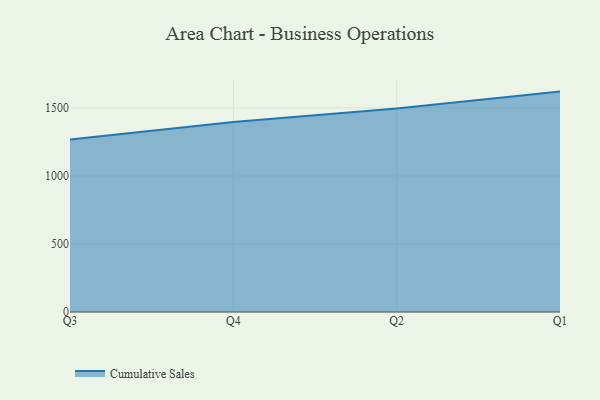
{"axis": {"x": "Quarter", "y": "Population (Million)"}, "legend": ["Cumulative Sales"], "data": [{"x": "Q3", "y": 1267.6, "type": "Cumulative Sales"}, {"x": "Q4", "y": 1396.2, "type": "Cumulative Sales"}, {"x": "Q2", "y": 1495.1, "type": "Cumulative Sales"}, {"x": "Q1", "y": 1619.9, "type": "Cumulative Sales"}]}